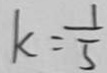
k = \frac { 1 } { 5 }